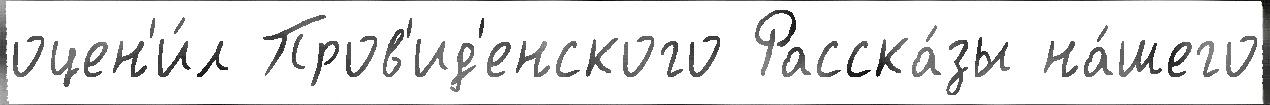
оцен'и́л Пров'ид'енского Расска́зы на́шего